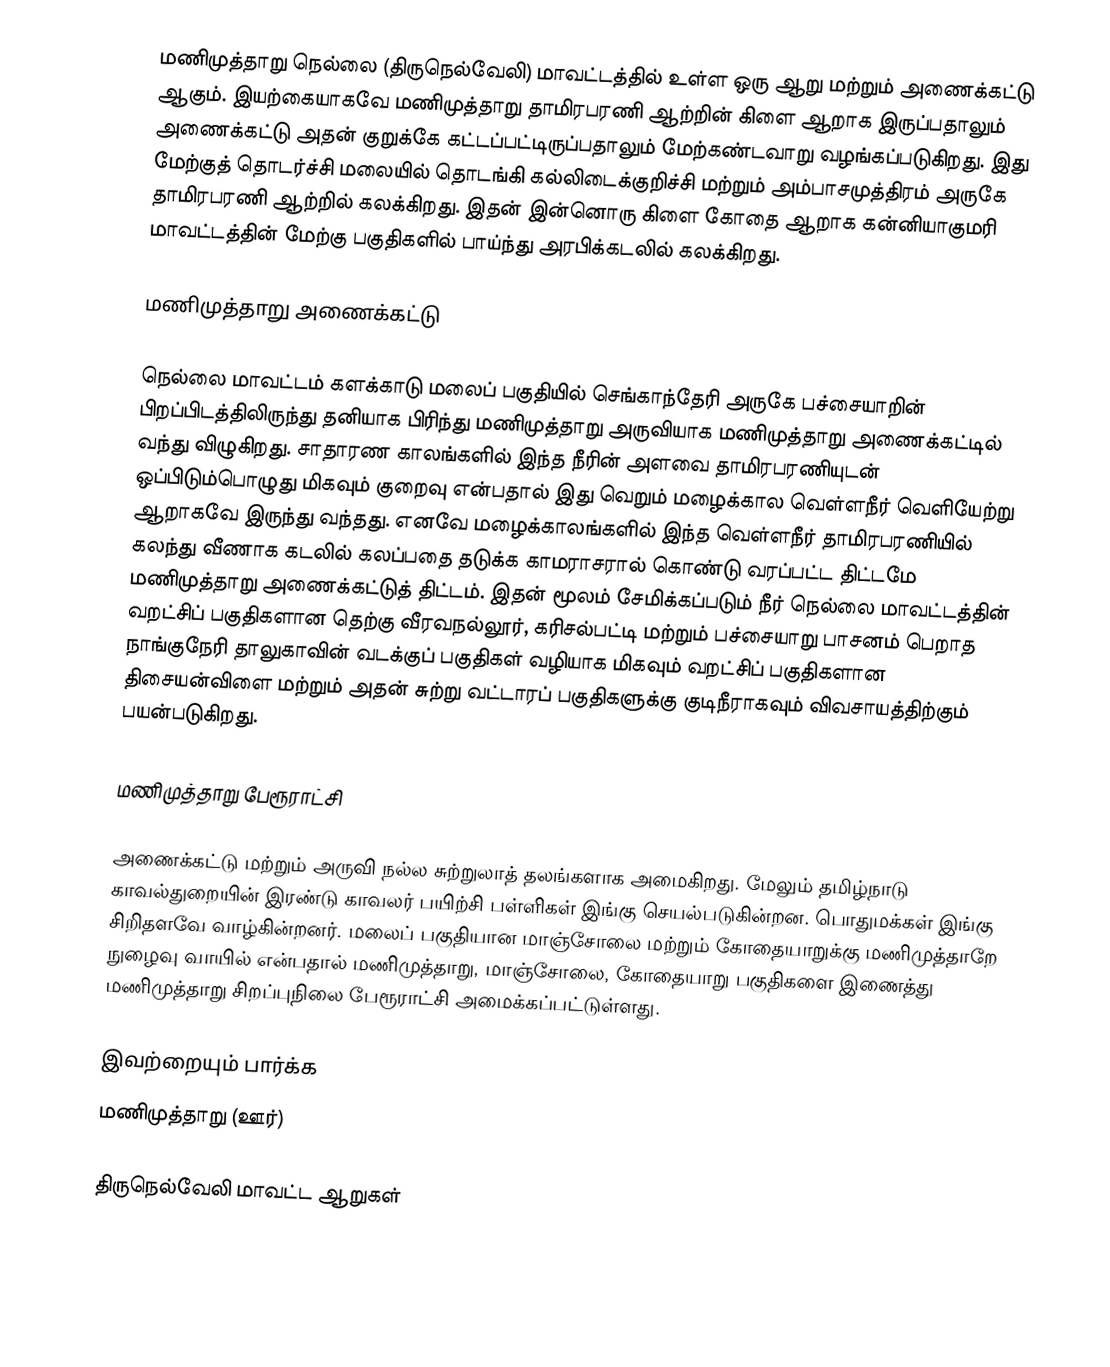
மணிமுத்தாறு நெல்லை (திருநெல்வேலி) மாவட்டத்தில் உள்ள ஒரு ஆறு மற்றும் அணைக்கட்டு ஆகும். இயற்கையாகவே மணிமுத்தாறு தாமிரபரணி ஆற்றின் கிளை ஆறாக இருப்பதாலும் அணைக்கட்டு அதன் குறுக்கே கட்டப்பட்டிருப்பதாலும் மேற்கண்டவாறு வழங்கப்படுகிறது. இது மேற்குத் தொடர்ச்சி மலையில் தொடங்கி கல்லிடைக்குறிச்சி மற்றும் அம்பாசமுத்திரம் அருகே தாமிரபரணி ஆற்றில் கலக்கிறது. இதன் இன்னொரு கிளை கோதை ஆறாக கன்னியாகுமரி மாவட்டத்தின் மேற்கு பகுதிகளில் பாய்ந்து அரபிக்கடலில் கலக்கிறது.

மணிமுத்தாறு அணைக்கட்டு

நெல்லை மாவட்டம் களக்காடு மலைப் பகுதியில் செங்காந்தேரி அருகே பச்சையாறின் பிறப்பிடத்திலிருந்து தனியாக பிரிந்து மணிமுத்தாறு அருவியாக மணிமுத்தாறு அணைக்கட்டில் வந்து விழுகிறது. சாதாரண காலங்களில் இந்த நீரின் அளவை தாமிரபரணியுடன் ஒப்பிடும்பொழுது மிகவும் குறைவு என்பதால் இது வெறும் மழைக்கால வெள்ளநீர் வெளியேற்று ஆறாகவே இருந்து வந்தது. எனவே மழைக்காலங்களில் இந்த வெள்ளநீர் தாமிரபரணியில் கலந்து வீணாக கடலில் கலப்பதை தடுக்க காமராசரால் கொண்டு வரப்பட்ட திட்டமே மணிமுத்தாறு அணைக்கட்டுத் திட்டம். இதன் மூலம் சேமிக்கப்படும் நீர் நெல்லை மாவட்டத்தின் வறட்சிப் பகுதிகளான தெற்கு வீரவநல்லூர், கரிசல்பட்டி மற்றும் பச்சையாறு பாசனம் பெறாத நாங்குநேரி தாலுகாவின் வடக்குப் பகுதிகள் வழியாக மிகவும் வறட்சிப் பகுதிகளான திசையன்விளை மற்றும் அதன் சுற்று வட்டாரப் பகுதிகளுக்கு குடிநீராகவும் விவசாயத்திற்கும் பயன்படுகிறது.

மணிமுத்தாறு பேரூராட்சி

அணைக்கட்டு மற்றும் அருவி நல்ல சுற்றுலாத் தலங்களாக அமைகிறது. மேலும் தமிழ்நாடு காவல்துறையின் இரண்டு காவலர் பயிற்சி பள்ளிகள் இங்கு செயல்படுகின்றன. பொதுமக்கள் இங்கு சிறிதளவே வாழ்கின்றனர். மலைப் பகுதியான மாஞ்சோலை மற்றும் கோதையாறுக்கு மணிமுத்தாறே நுழைவு வாயில் என்பதால் மணிமுத்தாறு, மாஞ்சோலை, கோதையாறு பகுதிகளை இணைத்து மணிமுத்தாறு சிறப்புநிலை பேரூராட்சி அமைக்கப்பட்டுள்ளது.

இவற்றையும் பார்க்க
மணிமுத்தாறு (ஊர்)

திருநெல்வேலி மாவட்ட ஆறுகள்